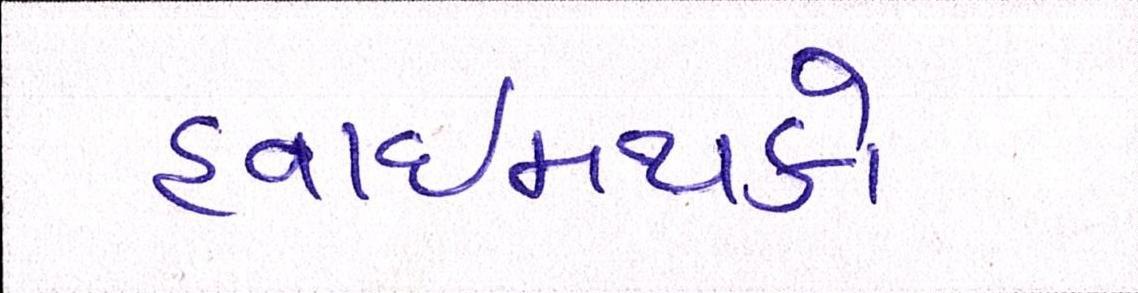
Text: હવાઈમથકો